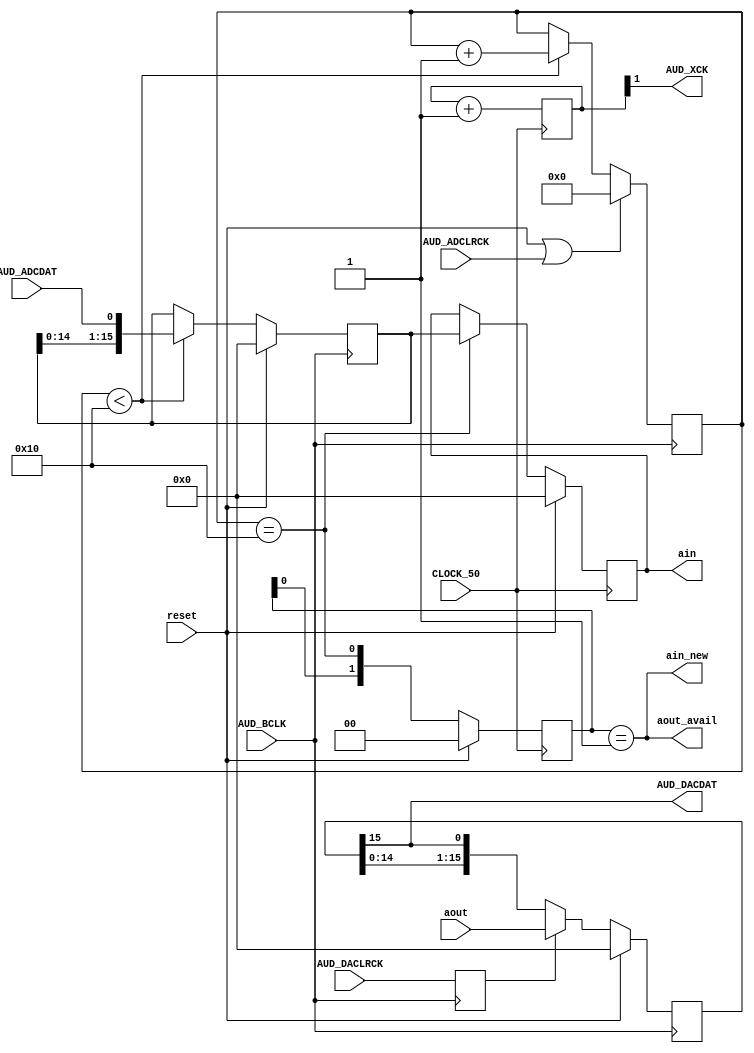
module audio(

input CLOCK_50, reset,
input [15:0] aout,
output reg [15:0] ain,
output reg aout_avail, ain_new,

input			AUD_ADCLRCK,			//	Audio CODEC ADC LR Clock
input			AUD_ADCDAT,				//	Audio CODEC ADC Data
input			AUD_DACLRCK,			//	Audio CODEC DAC LR Clock
output			AUD_DACDAT,				//	Audio CODEC DAC Data
input			AUD_BCLK,				//	Audio CODEC Bit-Stream Clock
output			AUD_XCK 				//	Audio CODEC Chip Clock
);


reg [15:0] sr_out, sr_in;	// Shift registers
reg [7:0] cnt_in, cnt_out;	// Counters

reg sync;


// Shift register to DAC.
// We have data for only 1 channel, so spin it twice
always @(negedge AUD_BCLK)
	if(reset) sr_out <= 0;
	else sr_out <= sync ? aout : {sr_out[14:0], sr_out[15]};

assign AUD_DACDAT = sr_out[15];

// Get the sync signal which is valid on the posedge
always @(posedge AUD_BCLK) sync <= AUD_DACLRCK;

// Output counter
always @(posedge AUD_BCLK)
	if(reset || AUD_DACLRCK) cnt_out <= 0;
	else if(cnt_out < 32) cnt_out <= cnt_out + 1;

// Generate the aout_avail signal
reg [1:0] ao;
always @(posedge CLOCK_50)
	if(reset) ao <= 0;
	else ao <= {ao[0], (cnt_out == 32)};

assign aout_avail = (ai == 2'b01);


// Shift register from ADC
always @(posedge AUD_BCLK)
	if(reset) sr_in <= 0;
	else if(cnt_in < 16) sr_in <= {sr_in[14:0], AUD_ADCDAT};

// Input counter
always @(posedge AUD_BCLK)
	if(reset || AUD_ADCLRCK) cnt_in <= 0;
	else if(cnt_in < 16) cnt_in <= cnt_in + 1;

// Generate the ain_new signal
reg [1:0] ai;
always @(posedge CLOCK_50)
	if(reset) ai <= 0;
	else ai <= {ai[0], (cnt_in == 16)};

assign ain_new = (ai == 2'b01);

// Register ain to make sure it's always valid
always @(posedge CLOCK_50)
	if(reset) ain <= 0;
	else if(cnt_in == 16) ain <= sr_in;


// Generate clock for audio chip

reg [1:0] xck;

always @(posedge CLOCK_50) xck++;

assign AUD_XCK = xck[1];

endmodule